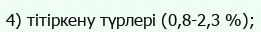
4) тітіркену түрлері (0,8-2,3 %);